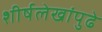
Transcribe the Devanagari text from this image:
शीर्षलेखांपुढे